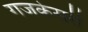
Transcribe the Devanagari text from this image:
गजकेसरी